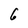
Character: 6